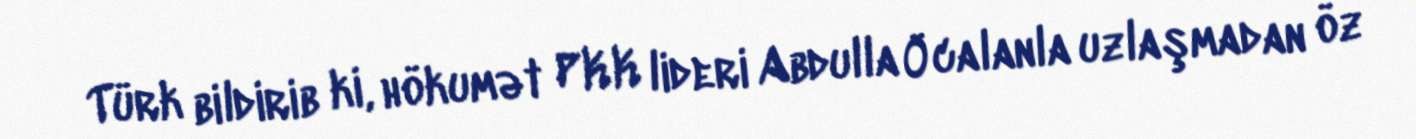
Türk bildirib ki, hökumət PKK lideri Abdulla Öcalanla uzlaşmadan öz